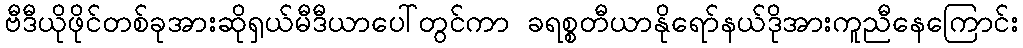
ဗီဒီယိုဖိုင်တစ်ခုအားဆိုရှယ်မီဒီယာပေါ်တွင်ကာ ခရစ္စတီယာနိုရော်နယ်ဒိုအားကူညီနေကြောင်း